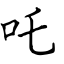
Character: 吒